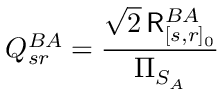
Q _ { s r } ^ { B A } = \frac { \sqrt { 2 } \, \mathsf { R } _ { [ s , r ] _ { 0 } } ^ { B A } } { \Pi _ { S _ { A } } }